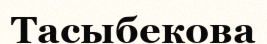
Тасыбекова